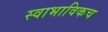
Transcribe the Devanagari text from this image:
स्‍वाभाविकच